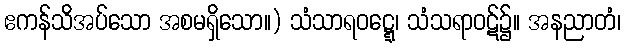
ဧကန်သိအပ်သော အစမရှိသော။) သံသာရဝဋ္ဋေ၊ သံသရာဝဋ်၌။ အနညာတံ၊